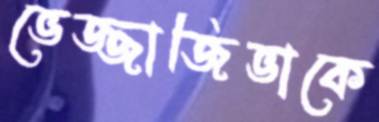
ভেজ্জাজিভাকে